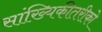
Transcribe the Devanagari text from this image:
सांख्यिकीतरीको